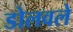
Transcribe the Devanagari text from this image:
डोलवले